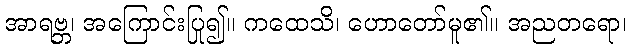
အာရဗ္ဘ၊ အကြောင်းပြု၍။ ကထေသိ၊ ဟောတော်မူ၏။ အညတရော၊